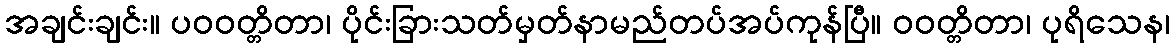
အချင်းချင်း။ ပဝဝတ္တိတာ၊ ပိုင်းခြားသတ်မှတ်နာမည်တပ်အပ်ကုန်ပြီ။ ဝဝတ္တိတာ၊ ပုရိသေန၊